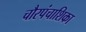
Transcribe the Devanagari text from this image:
चौरपंचाशिका